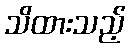
သိထားသည့်